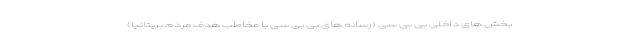
بخش های داخلی بی بی سی (رسانه های بی بی سی با مخاطب هدف مردم بریتانیا)